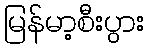
မြန်မာ့စီးပွား